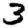
Digit: 3